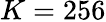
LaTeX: K=256